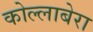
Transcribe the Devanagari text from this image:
कोल्लाबेरा